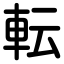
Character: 転